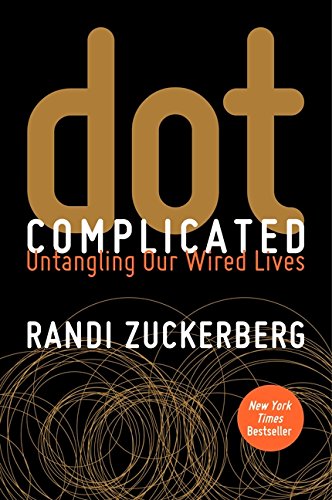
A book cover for Dot Complicated: Untangling Our Wired Lives; Randi Zuckerberg; Computers & Technology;